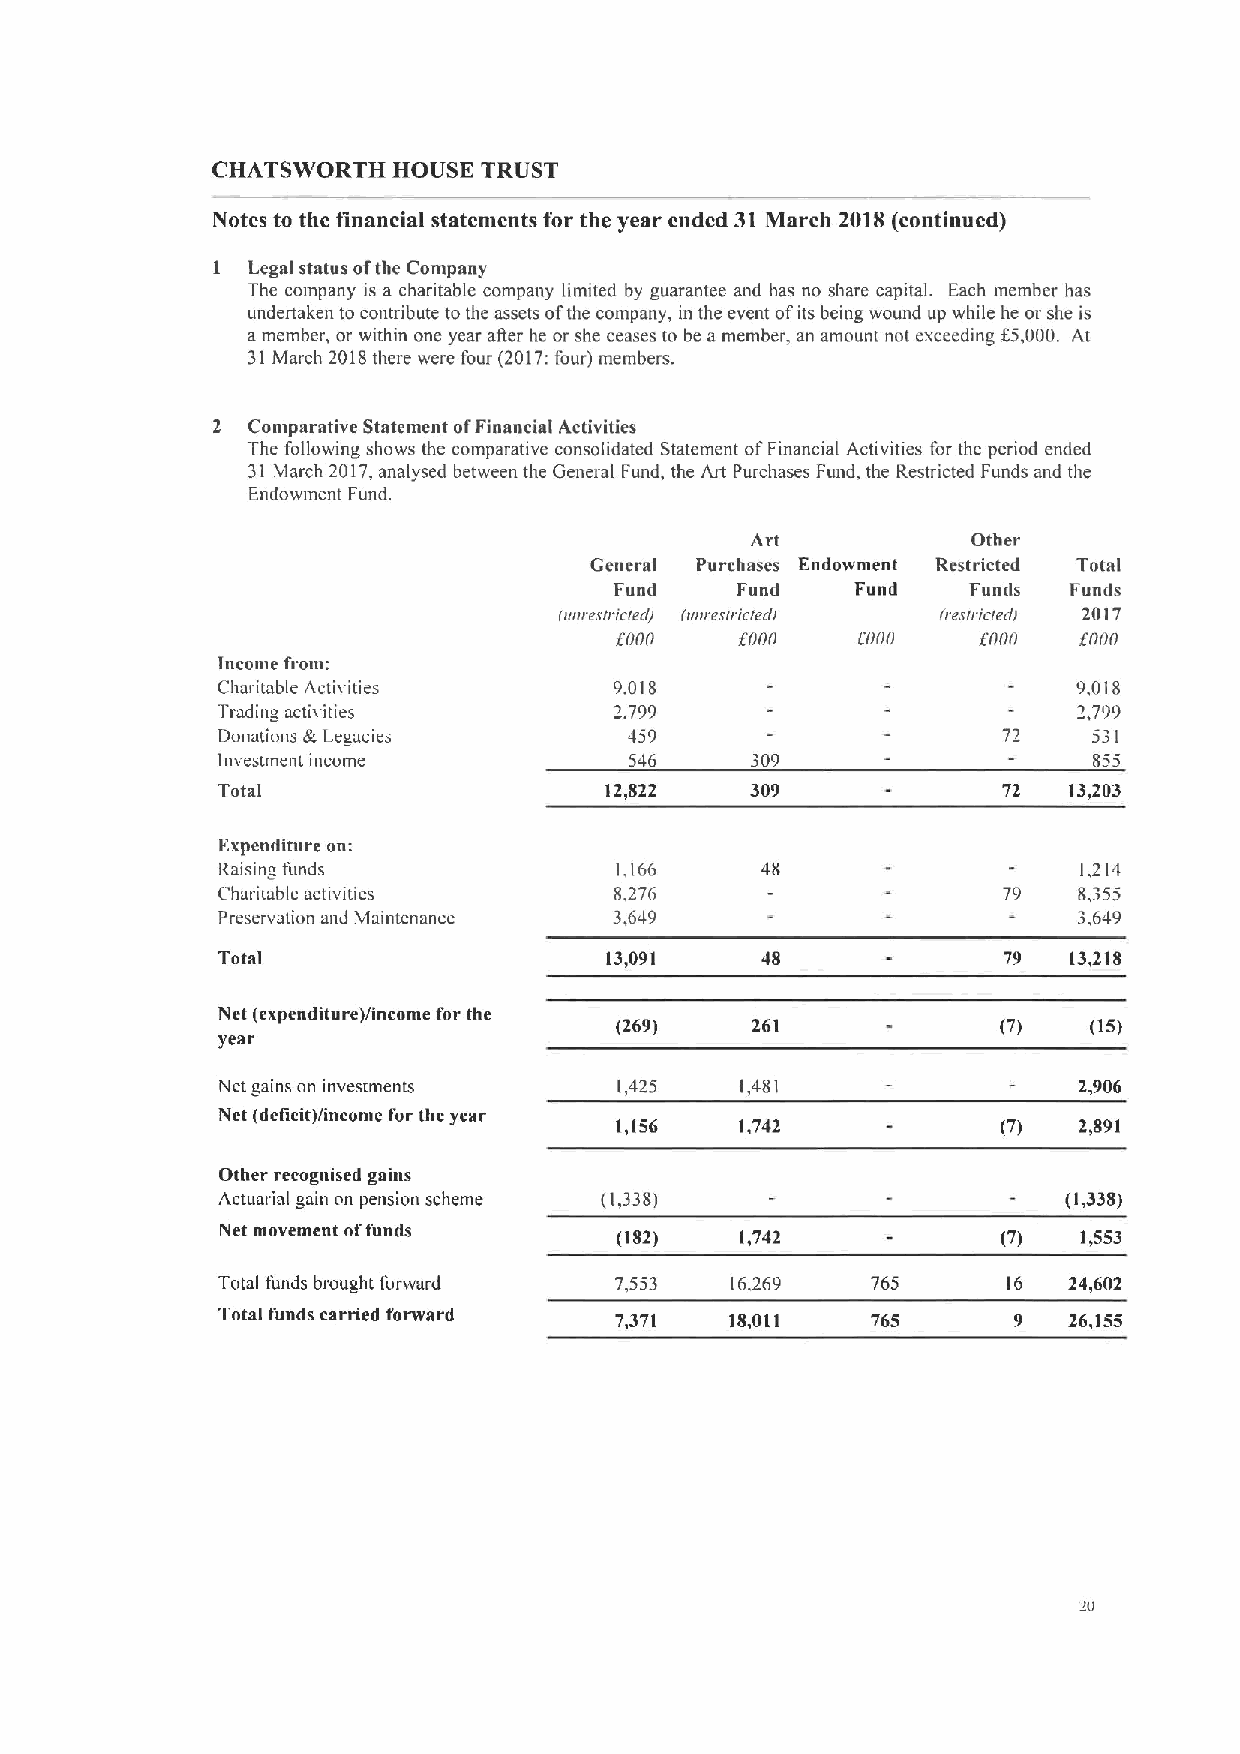
CHATSWORTH  HOUSE TRUST
 Notes to the financial statements for the year ended 31 March 2018 (continued)
 1 Legal status ofthe Company
 The company is a charitable company limited by guarantee and has no share capital. Each member has
 undertaken to contribute to the assets ofthe company, in the event ofits being wound up while he or she is
 amember, or within one year a(ter he or she ceases to be a member, an amount not exceeding f3,000. At
 31March 2018there were four (2017:four) members.
 2 Comparative Statement ofFinancial Activities
 The following shows the comparative consolidated Statement ofFinancial Activities for the period ended
 31 March 2017,analysed between the General Fund, the Art Purchases Fund, the Restricted Funds and the
 Endowment Fund.
 Art           Other
 General Purchases Endowment Restricted Total
 Fund    Fund    Fund   Fumls  Funds
 leneeslr icled/ (Illllvsll'Icicle lieelcicled( 2017
 f000    f000    f000    f000   f000
 Income from:
 Charitable Activities      9,018                         9,018
 Trading activities         2,799                         '2,799
 Donations ih Le acies       459                     72    531
 1mestment income            546     309                   855
 Total                     12,822    309             72   13,203
 Expenditure on:
 Raisina funds              1,166                          1,214
 Charitable activities      8,276                    79   8,355
 Preservation and Maintenance 3,649                       3,649
 Total                     13,091    48              79   13,218
 Net (expenditure)/income for the
 (269)    261             (7)   (15)
 year
 Net gains on investments   1,425   1,481                 2,906
 Net (deficit)/income for the year
 1,156   1,742            (7)  2,891
 Other recognised gains
 Actuarial gain on pension scheme (1,338)                 (1,338)
 Net movement offunds       (182)   1,742            (7)   1,553
 Total funds brought ibmvard 7,553 16.269    765      16  24,602
 Total funds carried forward 7,371 18,011    765      9   26,155
 so